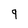
Character: 9